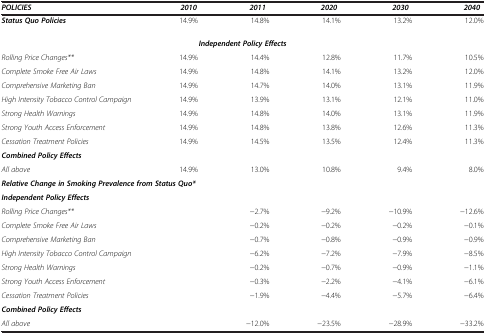
<table><thead><tr><td><b><i>POLICIES</i></b></td><td><b><i>2010</i></b></td><td><b><i>2011</i></b></td><td><b><i>2020</i></b></td><td><b><i>2030</i></b></td><td><b><i>2040</i></b></td></tr></thead><tbody><tr><td><b><i>Status Quo Policies</i></b></td><td>14.9%</td><td>14.8%</td><td>14.1%</td><td>13.2%</td><td>12.0%</td></tr><tr><td colspan="6"><b><i>Independent Policy Effects</i></b></td></tr><tr><td><i>Rolling Price Changes**</i></td><td>14.9%</td><td>14.4%</td><td>12.8%</td><td>11.7%</td><td>10.5%</td></tr><tr><td><i>Complete Smoke Free Air Laws</i></td><td>14.9%</td><td>14.8%</td><td>14.1%</td><td>13.2%</td><td>12.0%</td></tr><tr><td><i>Comprehensive Marketing Ban</i></td><td>14.9%</td><td>14.7%</td><td>14.0%</td><td>13.1%</td><td>11.9%</td></tr><tr><td><i>High Intensity Tobacco Control Campaign</i></td><td>14.9%</td><td>13.9%</td><td>13.1%</td><td>12.1%</td><td>11.0%</td></tr><tr><td><i>Strong Health Warnings</i></td><td>14.9%</td><td>14.8%</td><td>14.0%</td><td>13.1%</td><td>11.9%</td></tr><tr><td><i>Strong Youth Access Enforcement</i></td><td>14.9%</td><td>14.8%</td><td>13.8%</td><td>12.6%</td><td>11.3%</td></tr><tr><td><i>Cessation Treatment Policies</i></td><td>14.9%</td><td>14.5%</td><td>13.5%</td><td>12.4%</td><td>11.3%</td></tr><tr><td colspan="6"><b><i>Combined Policy Effects</i></b></td></tr><tr><td><i>All above</i></td><td>14.9%</td><td>13.0%</td><td>10.8%</td><td>9.4%</td><td>8.0%</td></tr><tr><td colspan="6"><b><i>Relative Change in Smoking Prevalence from Status Quo*</i></b></td></tr><tr><td colspan="6"><b><i>Independent Policy Effects</i></b></td></tr><tr><td><i>Rolling Price Changes**</i></td><td> </td><td>−2.7%</td><td>−9.2%</td><td>−10.9%</td><td>−12.6%</td></tr><tr><td><i>Complete Smoke Free Air Laws</i></td><td> </td><td>−0.2%</td><td>−0.2%</td><td>−0.2%</td><td>−0.1%</td></tr><tr><td><i>Comprehensive Marketing Ban</i></td><td> </td><td>−0.7%</td><td>−0.8%</td><td>−0.9%</td><td>−0.9%</td></tr><tr><td><i>High Intensity Tobacco Control Campaign</i></td><td> </td><td>−6.2%</td><td>−7.2%</td><td>−7.9%</td><td>−8.5%</td></tr><tr><td><i>Strong Health Warnings</i></td><td> </td><td>−0.2%</td><td>−0.7%</td><td>−0.9%</td><td>−1.1%</td></tr><tr><td><i>Strong Youth Access Enforcement</i></td><td> </td><td>−0.3%</td><td>−2.2%</td><td>−4.1%</td><td>−6.1%</td></tr><tr><td><i>Cessation Treatment Policies</i></td><td> </td><td>−1.9%</td><td>−4.4%</td><td>−5.7%</td><td>−6.4%</td></tr><tr><td colspan="6"><b><i>Combined Policy Effects</i></b></td></tr><tr><td><i>All above</i></td><td> </td><td>−12.0%</td><td>−23.5%</td><td>−28.9%</td><td>−33.2%</td></tr></tbody></table>